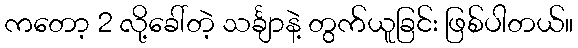
ကတော့ 2 လို့ခေါ်တဲ့ သင်္ချာနဲ့ တွက်ယူခြင်း ဖြစ်ပါတယ်။